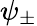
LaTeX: \psi_{\pm}